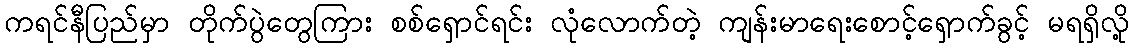
ကရင်နီပြည်မှာ တိုက်ပွဲတွေကြား စစ်ရှောင်ရင်း လုံလောက်တဲ့ ကျန်းမာရေးစောင့်ရှောက်ခွင့် မရရှိလို့